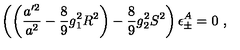
\left( \left( \frac { a ^ { \prime 2 } } { a ^ { 2 } } - \frac { 8 } { 9 } g _ { 1 } ^ { 2 } R ^ { 2 } \right) - \frac { 8 } { 9 } g _ { 2 } ^ { 2 } S ^ { 2 } \right) \epsilon _ { \pm } ^ { A } = 0 \ ,